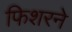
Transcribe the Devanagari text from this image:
फिशरने